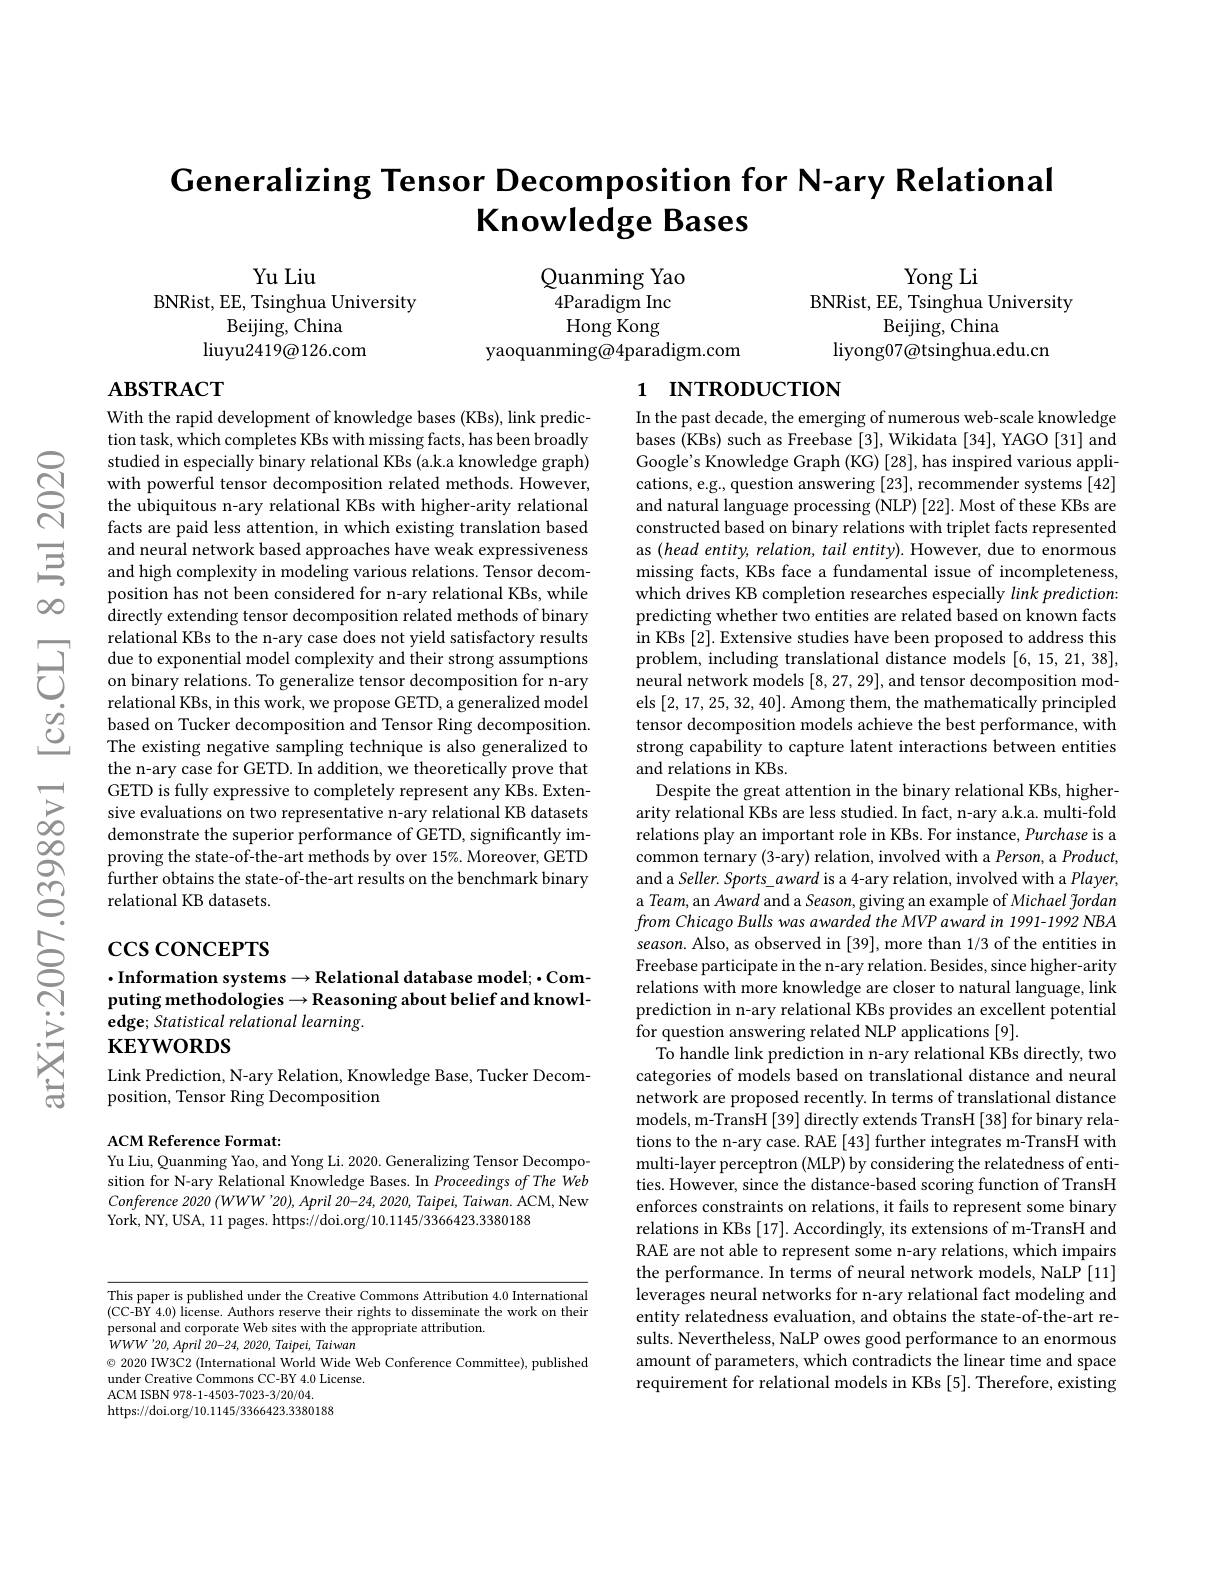
# Generalizing Tensor Decomposition for N-ary Relational Knowledge Bases

Yu Liu
BNRist, EE, Tsinghua University
Beijing, China
liuyu2419@ 126. com

Yong Li
BNRist, EE, Tsinghua University
Beijing, China
liyong07@tsinghua.edu.cn

Quanming Yao 4Paradigm Inc Hong Kong
yaoquanming@4paradigm.com

# $\mathbf{ABSTRACT}$

# 1 INTRODUCTION

With the rapid development of knowledge bases (KBs), link prediction task, which completes KBs with missing facts, has been broadly studied in especially binary relational KBs (a.k.a knowledge graph) with powerful tensor decomposition related methods. However, the ubiquitous n-ary relational KBs with higher-arity relational facts are paid less attention, in which existing translation based and neural network based approaches have weak expressiveness and high complexity in modeling various relations. Tensor decomposition has not been considered for n-ary relational KBs, while directly extending tensor decomposition related methods of binary relational KBs to the n-ary case does not yield satisfactory results
due to exponential model complexity and their strong assumptions on binary relations. To generalize tensor decomposition for n- ary on binary relations. To generalize tensor decomposition for n- ary
relational KBs, in this work, we propose GETD, a generalized model based on Tucker decomposition and Tensor Ring decomposition. The existing negative sampling technique is also generalized to the n-ary case for GETD. In addition, we theoretically prove that GETD is fully expressive to completely represent any KBs. Extensive evaluations on two representative n-ary relational KB datasets demonstrate the superior performance of GETD, significantly improving the state-of-the-art methods by over 15%. Moreover, GETD further obtains the state-of-the-art results on the benchmark binary relational KB datasets.

In the past decade, the emerging of numerous web-scale knowledge bases (KBs) such as Freebase [3], Wikidata [34], YAGO [31] and Google's Knowledge Graph (KG) [28], has inspired various applications, e.g., question answering [23], recommender systems [42] and natural language processing (NLP) [22]. Most of these KBs are constructed based on binary relations with triplet facts represented as $(head$ entity, relation, tail entity). However, due to enormous missing facts, KBs face a fundamental issue of incompleteness, which drives KB completion researches especially link prediction: predicting whether two entities are related based on known facts in KBs [2]. Extensive studies have been proposed to address this problem, including translational distance models [6, 15, 21, 38], neural network models [8,27,29], and tensor decomposition models [2,17,25,32,40]. Among them, the mathematically principled tensor decomposition models achieve the best performance, with strong capability to capture latent interactions between entities and relations in KBs.
Despite the great attention in the binary relational KBs, higherarity relational KBs are less studied. In fact, n-ary a.k.a. multi-fold relations play an important role in KBs. For instance, Purchase is a common ternary (3-ary) relation, involved with a Person, a Product, and a Seller. Sports\_award is a 4-ary relation, involved with a Player, a Team, an Award and a Season, giving an example of Michael fordan from Chicago Bulls was awarded the MVP award in 1991-1992 NBA season. Also, as observed in [39], more than 1/3 of the entities in Freebase participate in the n-ary relation. Besides, since higher-arity relations with more knowledge are closer to natural language, link prediction in n-ary relational KBs provides an excellent potential for question answering related NLP applications [9].
To handle link prediction in n-ary relational KBs directly, two categories of models based on translational distance and neural network are proposed recently. In terms of translational distance models, m-TransH[39] directly extends TransH[38] for binary relations to the n-ary case. RAE [43] further integrates m-TransH with multi-layer perceptron (MLP) by considering the relatedness of entities. However, since the distance-based scoring function of TransH enforces constraints on relations, it fails to represent some binary relations in KBs [17]. Accordingly, its extensions of m-TransH and RAE are not able to represent some n-ary relations, which impairs the performance. In terms of neural network models, NaLP [11] leverages neural networks for n-ary relational fact modeling and entity relatedness evaluation, and obtains the state-of-the-art results. Nevertheless, NaLP owes good performance to an enormous amount of parameters, which contradicts the linear time and space requirement for relational models in KBs [5]. Therefore, existing

# $\csc\cos$coNCEPTS

## $\cdot$Information systems$\to$Relational database model;$\cdot$Computing methodologies$\to$Reasoning about belief and knowledge; Statistical relational learning. $\mathbf{KEYWORDS}$

Link Prediction, N-ary Relation, Knowledge Base, Tucker Decom-
position, Tensor Ring Decomposition

ACM Reference Format:
Yu Liu, Quanming Yao, and Yong Li. 2020. Generalizing Tensor Decompo-

sition for N-ary Relational Knowledge Bases. In Proceedings of The Web Conference 2020 (WWW'20), April 20-24, 2020, Taipei, Taiwan. ACM, New York, NY, USA, 11 pages. https://doi.org/10.1145/3366423.3380188

This paper is published under the Creative Commons Attribution 4.0 International (CC-BY 4.0) license. Authors reserve their rights to disseminate the work on their personal and corporate Web sites with the appropriate attribution.
$WWW^{\prime }20, April$ 20-24, 2020, $Taipei$, Taiwan
$\textcircled{\circ}$ 2020 IW3C2 (International World Wide Web Conference Committee), published
under Creative Commons CC-BY 4.0 License.
ACM ISBN 978-1-4503-7023-3/20/04.
https://doi.org/10.1145/3366423.3380188